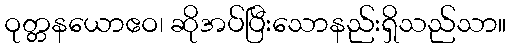
ဝုတ္တနယောဧဝ၊ ဆိုအပ်ပြီးသောနည်းရှိသည်သာ။